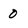
Character: 0